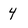
Character: 4